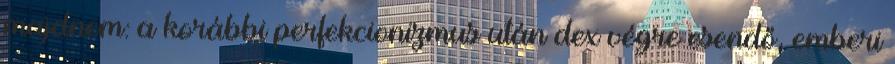
majdnem: a korábbi perfekcionizmus után dex végre esendő, emberi